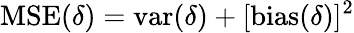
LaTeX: \operatorname{MSE}(\delta)=\operatorname{var}(\delta)+[\operatorname{bias}(\delta)]^{2}